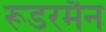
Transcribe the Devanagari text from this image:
रूडरमैन